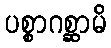
ပစ္စာဂစ္ဆာမိ